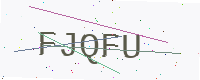
Text: FJQFU